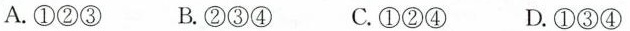
A.①②③ B.②③④ C.①②④ D.①③④